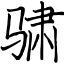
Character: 骕